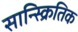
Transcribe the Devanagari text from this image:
सान्स्क्रितिक